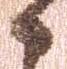
候